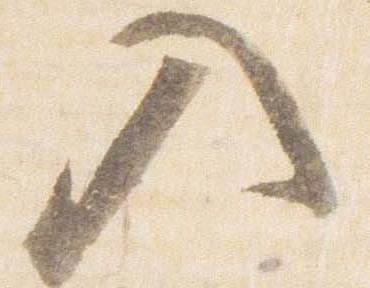
入